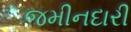
જમીનદારી